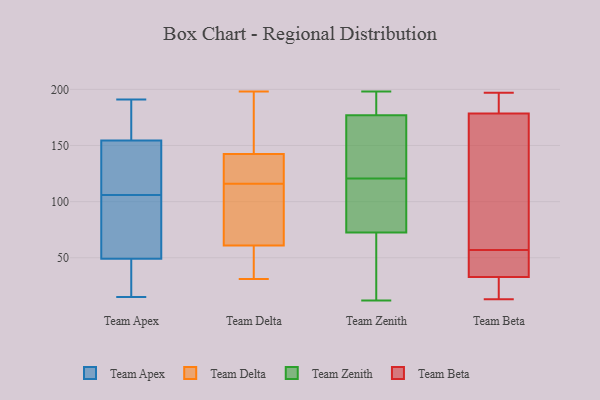
{"axis": {"x": "Satisfaction Score", "y": "Value"}, "legend": ["Team Apex", "Team Beta", "Team Delta", "Team Zenith"], "data": [{"x": "", "y": 130, "type": "Team Apex"}, {"x": "", "y": 118, "type": "Team Apex"}, {"x": "", "y": 166, "type": "Team Apex"}, {"x": "", "y": 73, "type": "Team Apex"}, {"x": "", "y": 180, "type": "Team Apex"}, {"x": "", "y": 58, "type": "Team Apex"}, {"x": "", "y": 33, "type": "Team Apex"}, {"x": "", "y": 112, "type": "Team Apex"}, {"x": "", "y": 46, "type": "Team Apex"}, {"x": "", "y": 106, "type": "Team Apex"}, {"x": "", "y": 191, "type": "Team Apex"}, {"x": "", "y": 162, "type": "Team Apex"}, {"x": "", "y": 105, "type": "Team Apex"}, {"x": "", "y": 83, "type": "Team Apex"}, {"x": "", "y": 30, "type": "Team Apex"}, {"x": "", "y": 144, "type": "Team Apex"}, {"x": "", "y": 15, "type": "Team Apex"}, {"x": "", "y": 27, "type": "Team Apex"}, {"x": "", "y": 158, "type": "Team Apex"}, {"x": "", "y": 103, "type": "Team Delta"}, {"x": "", "y": 70, "type": "Team Delta"}, {"x": "", "y": 189, "type": "Team Delta"}, {"x": "", "y": 43, "type": "Team Delta"}, {"x": "", "y": 42, "type": "Team Delta"}, {"x": "", "y": 116, "type": "Team Delta"}, {"x": "", "y": 124, "type": "Team Delta"}, {"x": "", "y": 58, "type": "Team Delta"}, {"x": "", "y": 97, "type": "Team Delta"}, {"x": "", "y": 31, "type": "Team Delta"}, {"x": "", "y": 137, "type": "Team Delta"}, {"x": "", "y": 141, "type": "Team Delta"}, {"x": "", "y": 198, "type": "Team Delta"}, {"x": "", "y": 181, "type": "Team Delta"}, {"x": "", "y": 143, "type": "Team Delta"}, {"x": "", "y": 76, "type": "Team Zenith"}, {"x": "", "y": 136, "type": "Team Zenith"}, {"x": "", "y": 130, "type": "Team Zenith"}, {"x": "", "y": 69, "type": "Team Zenith"}, {"x": "", "y": 12, "type": "Team Zenith"}, {"x": "", "y": 87, "type": "Team Zenith"}, {"x": "", "y": 196, "type": "Team Zenith"}, {"x": "", "y": 183, "type": "Team Zenith"}, {"x": "", "y": 181, "type": "Team Zenith"}, {"x": "", "y": 97, "type": "Team Zenith"}, {"x": "", "y": 114, "type": "Team Zenith"}, {"x": "", "y": 198, "type": "Team Zenith"}, {"x": "", "y": 42, "type": "Team Zenith"}, {"x": "", "y": 177, "type": "Team Zenith"}, {"x": "", "y": 66, "type": "Team Zenith"}, {"x": "", "y": 116, "type": "Team Zenith"}, {"x": "", "y": 15, "type": "Team Zenith"}, {"x": "", "y": 163, "type": "Team Zenith"}, {"x": "", "y": 177, "type": "Team Zenith"}, {"x": "", "y": 125, "type": "Team Zenith"}, {"x": "", "y": 144, "type": "Team Beta"}, {"x": "", "y": 42, "type": "Team Beta"}, {"x": "", "y": 43, "type": "Team Beta"}, {"x": "", "y": 118, "type": "Team Beta"}, {"x": "", "y": 177, "type": "Team Beta"}, {"x": "", "y": 191, "type": "Team Beta"}, {"x": "", "y": 33, "type": "Team Beta"}, {"x": "", "y": 16, "type": "Team Beta"}, {"x": "", "y": 13, "type": "Team Beta"}, {"x": "", "y": 183, "type": "Team Beta"}, {"x": "", "y": 32, "type": "Team Beta"}, {"x": "", "y": 197, "type": "Team Beta"}, {"x": "", "y": 57, "type": "Team Beta"}]}